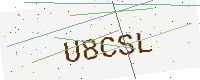
Text: U8CSL